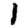
Digit: 1